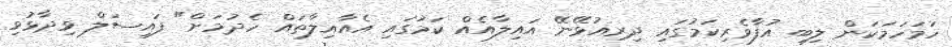
ހަމަހަމަކަން ލިބި އުފާވެރިކަމުގައި ދިރިއުޅޭނޭ އައިލާއެއް ކަމުގައި އެއާއިލާތައް ހެދުމަށް" ފައިސަލް ވިދާޅުވި